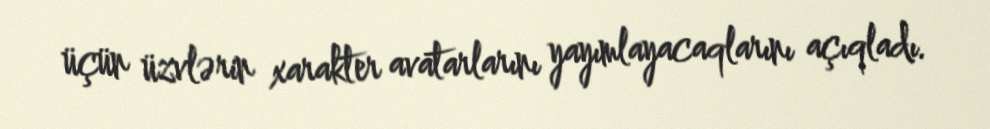
üçün üzvlərin xarakter avatarlarını yayımlayacaqlarını açıqladı.